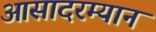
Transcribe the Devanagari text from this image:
आसादरम्यान